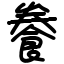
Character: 餋